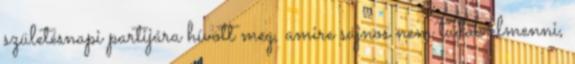
születésnapi partijára hívott meg, amire sajnos nem tudok elmenni,